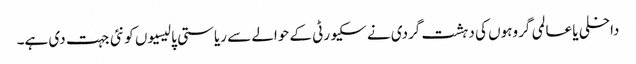
داخلی یا عالمی گروہوں کی دہشت گردی نے سکیورٹی کے حوالے سے ریاستی پالیسیوں کو نئی جہت دی ہے۔